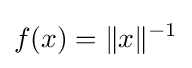
f(x)=\|x\|^{-1}